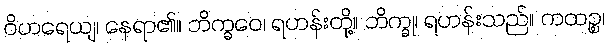
ဝိဟရေယျ၊ နေရာ၏။ ဘိက္ခဝေ၊ ရဟန်းတို့။ ဘိက္ခု၊ ရဟန်းသည်။ ကထဉ္စ၊